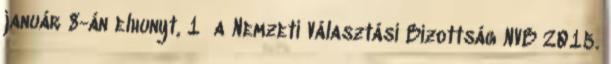
január 8-án elhunyt, 1 a Nemzeti Választási Bizottság NVB 2015.